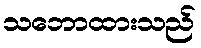
သဘောထားသည်